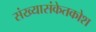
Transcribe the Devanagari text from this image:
संख्यासंकेतकोश